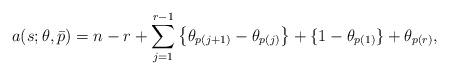
LaTeX: \begin{align*}a(s;\theta, \bar p) = n -r + \sum _{j=1}^{r-1} \left\{ \theta _{p(j+1)} - \theta _{p(j)} \right\}+ \{1-\theta _{p(1)}\}+ \theta _{p(r)},\end{align*}